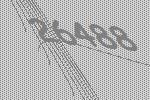
26488